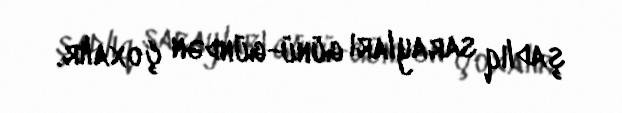
şadlıq sarayları günü-gündən çoxalır.